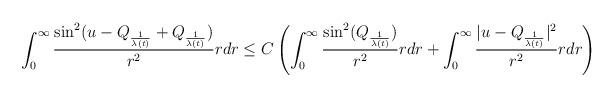
LaTeX: \begin{align*} \int_{0}^{\infty} \frac{\sin^{2}(u-Q_{\frac{1}{\lambda(t)}}+Q_{\frac{1}{\lambda(t)}})}{r^{2}} r dr \leq C\left(\int_{0}^{\infty} \frac{\sin^{2}(Q_{\frac{1}{\lambda(t)}})}{r^{2}} r dr + \int_{0}^{\infty} \frac{|u-Q_{\frac{1}{\lambda(t)}}|^{2}}{r^{2}} r dr\right)\end{align*}